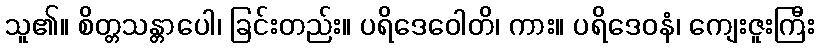
သူ၏။ စိတ္တသန္တာပေါ၊ ခြင်းတည်း။ ပရိဒေဝေါတိ၊ ကား။ ပရိဒေဝနံ၊ ကျေးဇူးကြီး